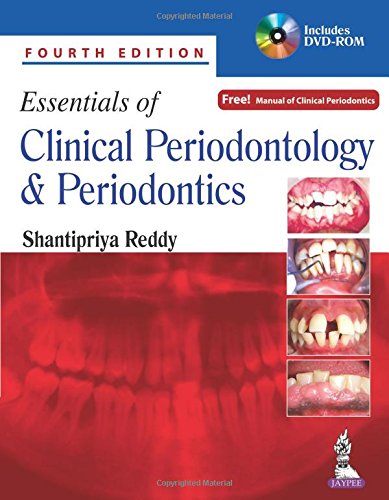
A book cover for Essentials of Clinical Periodontology and Periodontics; Shantipriya Reddy; Medical Books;